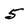
Character: 5